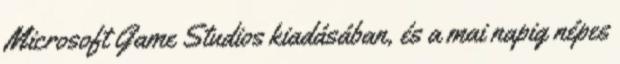
Microsoft Game Studios kiadásában, és a mai napig népes